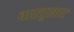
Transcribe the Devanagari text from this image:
वास्तुसार